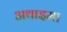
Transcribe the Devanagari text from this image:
अथाइमा